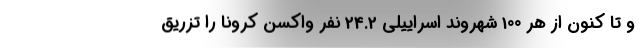
و تا کنون از هر 100 شهروند اسراییلی 24.2 نفر واکسن کرونا را تزریق